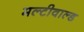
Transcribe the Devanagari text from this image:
मल्टीवाल्ड